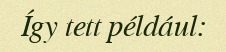
Így tett például: